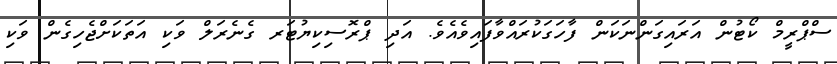
ސްޕްރީމް ކޯޓުން އަރައިގަންނަކަން ފާހަގަކުރައްވާފައިވެއެވެ. އަދި ޕްރޮސިކިޔުޓަރ ގެނެރަލް ވަކި އަތަކަށްޖެހިގެން ވަކި